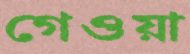
গেওয়া